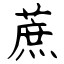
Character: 蔗